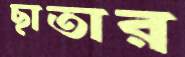
ছাতার